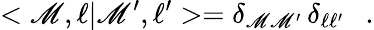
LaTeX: <\mathscr{M},\ell|\mathscr{M}^{\prime},\ell^{\prime}>=\delta_{\mathscr{M}\mathscr{M}^{\prime}}\, \delta_{\ell\ell^{\prime}}\ \ \ .